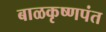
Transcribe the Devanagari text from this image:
बाळकृष्णपंत